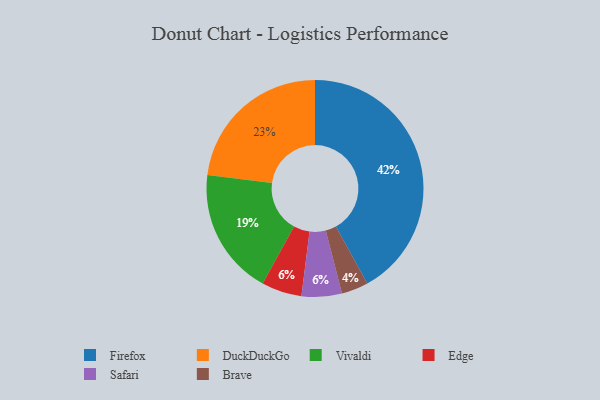
{"axis": {"x": "Category", "y": "Percentage"}, "legend": ["Brave", "DuckDuckGo", "Edge", "Firefox", "Safari", "Vivaldi"], "data": [{"x": "Edge", "y": 6, "type": "Edge"}, {"x": "Brave", "y": 4, "type": "Brave"}, {"x": "Firefox", "y": 42, "type": "Firefox"}, {"x": "DuckDuckGo", "y": 23, "type": "DuckDuckGo"}, {"x": "Vivaldi", "y": 19, "type": "Vivaldi"}, {"x": "Safari", "y": 6, "type": "Safari"}]}